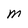
Character: M